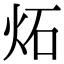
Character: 炻